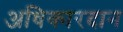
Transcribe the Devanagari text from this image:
अधिकारदान